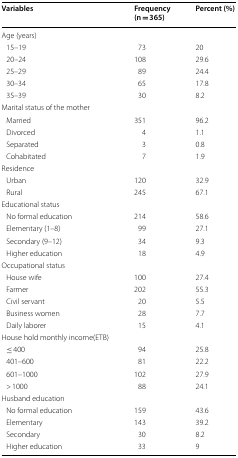
| Variables | Frequency (n = 365) | Percent (%) |
 | --- | --- | --- |
 | <COLSPAN=3> Age (years) |
 | 15–19 | 73 | 20 |
 | 20–24 | 108 | 29.6 |
 | 25–29 | 89 | 24.4 |
 | 30–34 | 65 | 17.8 |
 | 35–39 | 30 | 8.2 |
 | <COLSPAN=3> Marital status of the mother |
 | Married | 351 | 96.2 |
 | Divorced | 4 | 1.1 |
 | Separated | 3 | 0.8 |
 | Cohabitated | 7 | 1.9 |
 | <COLSPAN=3> Residence |
 | Urban | 120 | 32.9 |
 | Rural | 245 | 67.1 |
 | <COLSPAN=3> Educational status |
 | No formal education | 214 | 58.6 |
 | Elementary (1–8) | 99 | 27.1 |
 | Secondary (9–12) | 34 | 9.3 |
 | Higher education | 18 | 4.9 |
 | <COLSPAN=3> Occupational status |
 | House wife | 100 | 27.4 |
 | Farmer | 202 | 55.3 |
 | Civil servant | 20 | 5.5 |
 | Business women | 28 | 7.7 |
 | Daily laborer | 15 | 4.1 |
 | <COLSPAN=3> House hold monthly income(ETB) |
 | ≤ 400 | 94 | 25.8 |
 | 401–600 | 81 | 22.2 |
 | 601–1000 | 102 | 27.9 |
 | > 1000 | 88 | 24.1 |
 | <COLSPAN=3> Husband education |
 | No formal education | 159 | 43.6 |
 | Elementary | 143 | 39.2 |
 | Secondary | 30 | 8.2 |
 | Higher education | 33 | 9 |